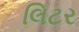
લિટર